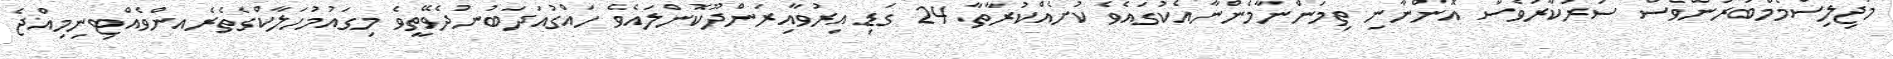
މަޖިލިސްމެމްބަރުންވެސް ސަރުކާރުވެސް އޮންނާނި ތިމަންނާމެންނާއެކުގައެވެ ކުށެއްކުރާތާ 24 ގަޑި އިރުވާއިރަންދޫކޮންލައެވެ ހައްްގުއަދަބުނުދެވޭތީވެ މިގައުމުހަލާކްގެތެރެއންވެއްޓިނިމިއްޖެ